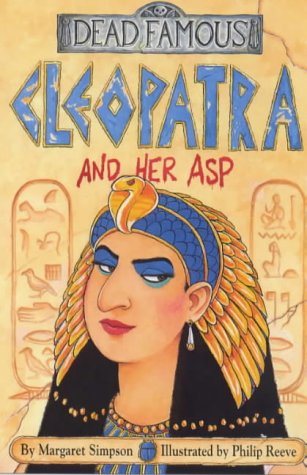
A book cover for Cleopatra and Her Asp (Dead Famous); Margaret Simpson; Religion & Spirituality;